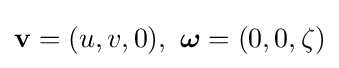
\mathbf {v} =(u,v,0),\ {\boldsymbol {\omega }}=(0,0,\zeta )